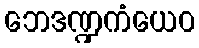
ဘေဒဏ္ဍကံယေဝ